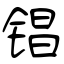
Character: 锠